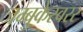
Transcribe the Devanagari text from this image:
जम्बुकेस्वरर